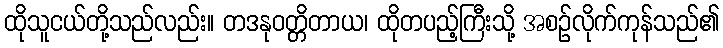
ထိုသူငယ်တို့သည်လည်း။ တဒနုဝတ္တိတာယ၊ ထိုတပည့်ကြီးသို့ အစဉ်လိုက်ကုန်သည်၏